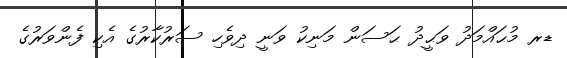
ޑރ މުޙައްމަދު ވަޙީދު ޙަސަން މަނިކު ވަނީ ދިވެހި ސަރުކާރުގެ އެކި ފެންވަރުގެ